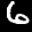
Label: 6